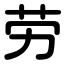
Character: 劳